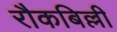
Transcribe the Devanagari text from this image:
रौकबिल्ली